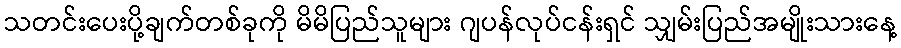
သတင်းပေးပို့ချက်တစ်ခုကို မိမိပြည်သူများ ဂျပန်လုပ်ငန်းရှင် သျှမ်းပြည်အမျိုးသားနေ့